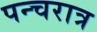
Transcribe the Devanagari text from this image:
पन्चरात्र